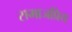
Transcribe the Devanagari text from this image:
समाजप्रिय